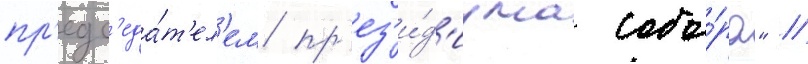
пр'едс'еда́т'ел'ем пр'ез'и́д'иума собо́ра" //